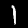
Label: 1